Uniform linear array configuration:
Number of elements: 32
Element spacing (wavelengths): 1
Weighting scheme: binomial
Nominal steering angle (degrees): -15
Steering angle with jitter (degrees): -15.318
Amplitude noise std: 0.05
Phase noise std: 0.05

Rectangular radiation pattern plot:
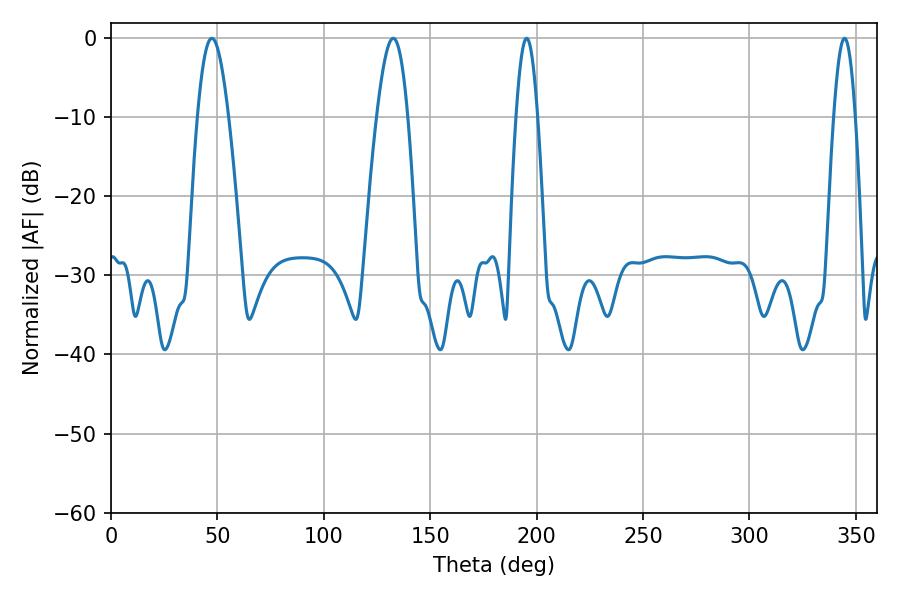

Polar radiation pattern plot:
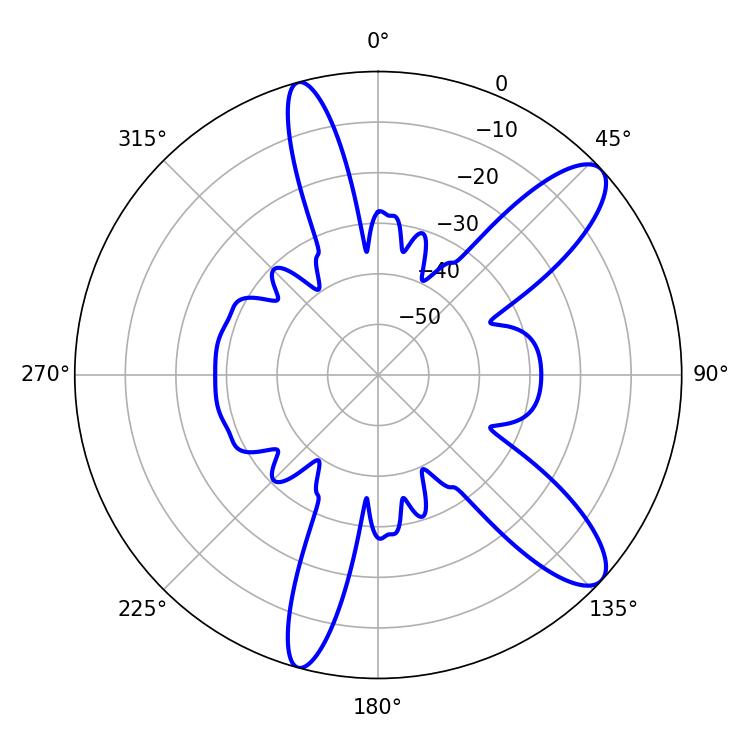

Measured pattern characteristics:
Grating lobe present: TRUE
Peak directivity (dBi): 10.822
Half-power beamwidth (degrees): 5.4
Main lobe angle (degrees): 195.3